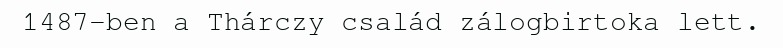
1487-ben a Thárczy család zálogbirtoka lett.